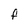
Character: F